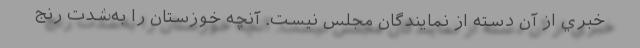
خبري از آن دسته از نمايندگان مجلس نيست. آنچه خوزستان را به‌شدت رنج